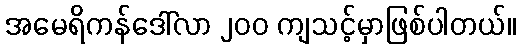
အမေရိကန်ဒေါ်လာ ၂၀၀ ကျသင့်မှာဖြစ်ပါတယ်။